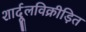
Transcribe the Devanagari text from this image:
शार्दूलविक्रीड़ित